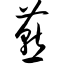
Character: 燕